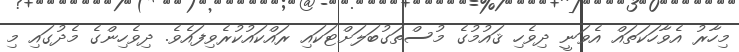
މިހާރު އެވާހަކަތައް އެވަނީ ދިވެހި ޤައުމުގެ މުސްތަގުބަލަށްޓަކައި ރައްކައުކުރެވިފައެވެ. ދިވެހިންގެ މެދުގައި މި